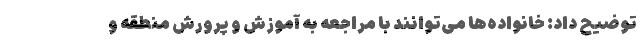
توضیح داد: خانواده‌ها می‌توانند با مراجعه به آموزش و پرورش منطقه و